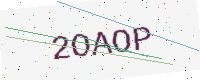
Text: 2OAOP